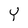
Character: Y